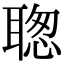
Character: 聦